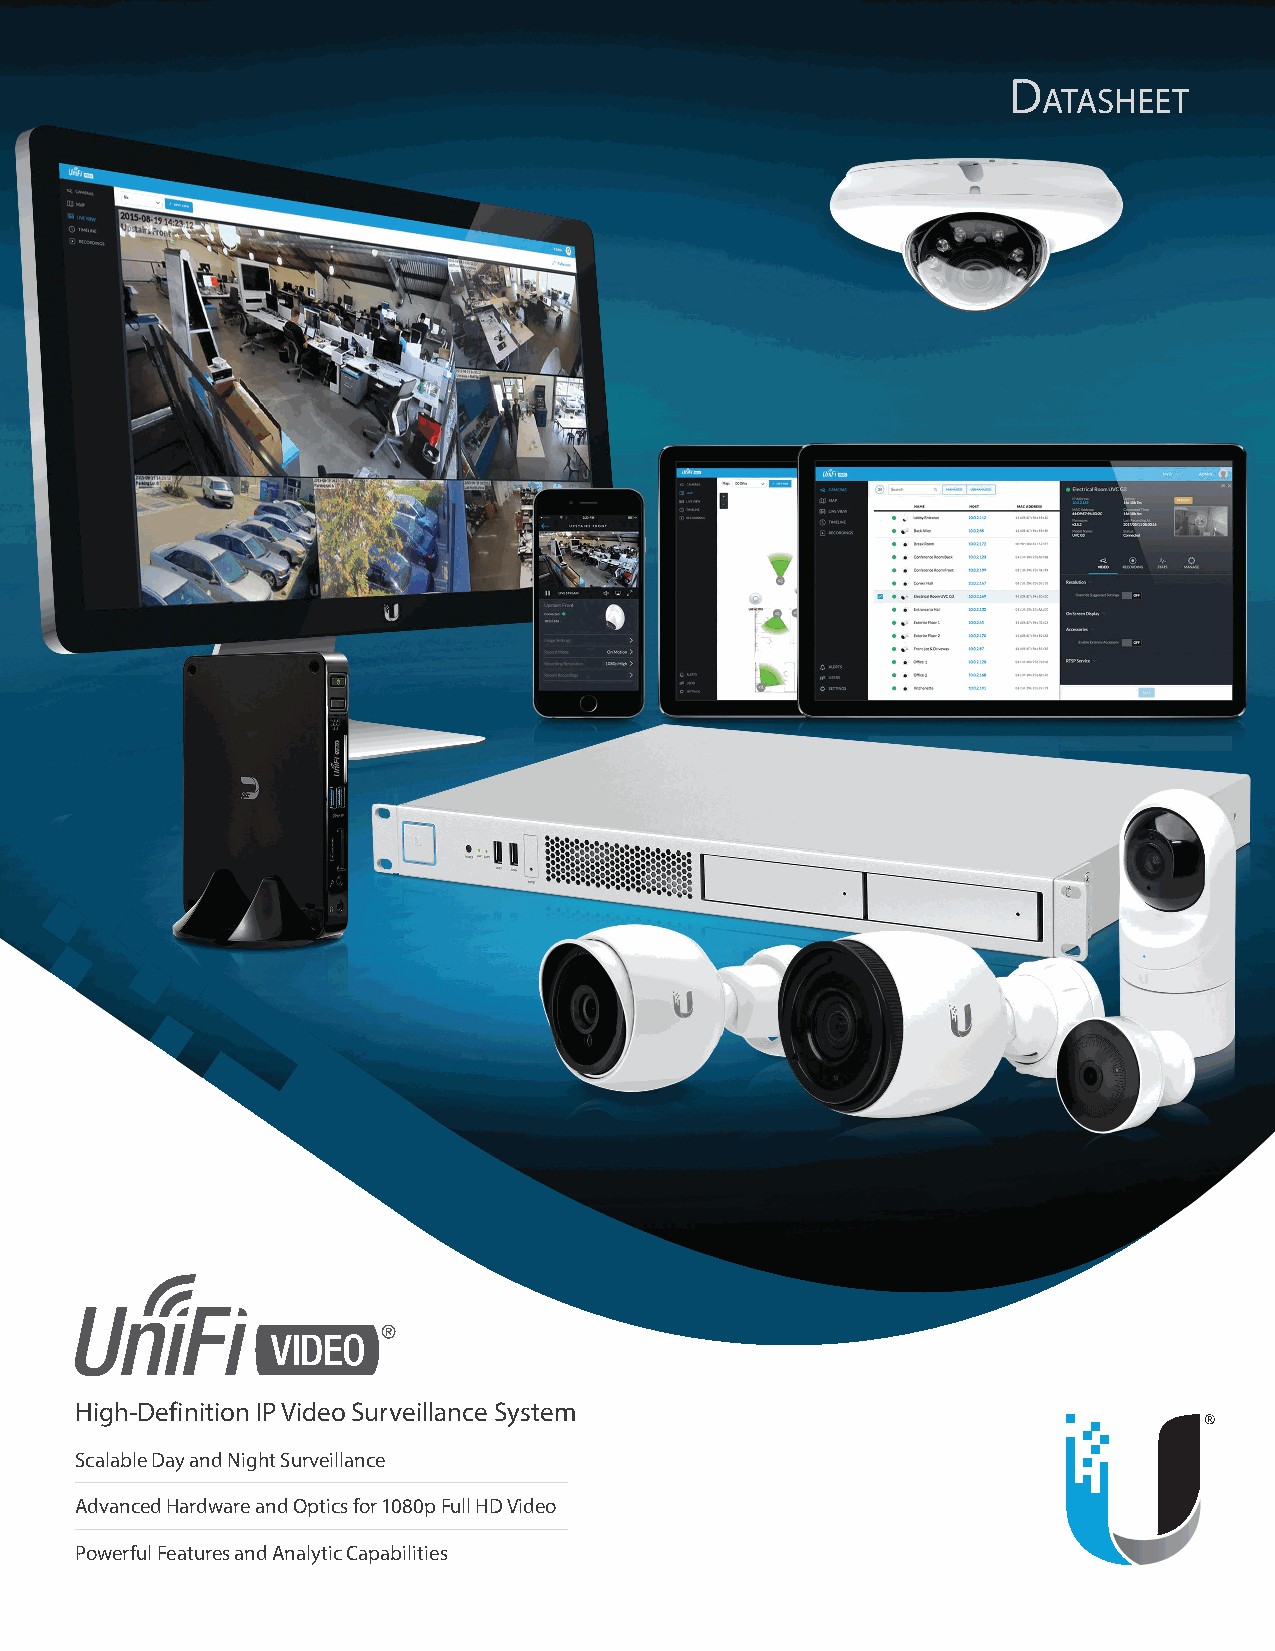
D
 atasheet
 High-Definition IP Video Surveillance System
 Scalable Day and Night Surveillance
 Advanced Hardware and Optics for 1080p Full HD Video
 Powerful Features and Analytic Capabilities